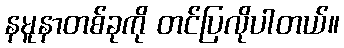
နမူနာတစ်ခုကို တင်ပြလိုပါတယ်။